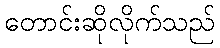
တောင်းဆိုလိုက်သည်